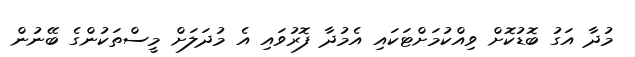
މުދާ އަގު ބޮޑުކޮށް ވިއްކުމަށްޓަކައި އެމުދާ ފޮރުވައި އެ މުދަލަށް މީސްތަކުންގެ ބޭނުން